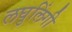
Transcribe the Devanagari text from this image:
लघुलिंगी